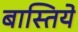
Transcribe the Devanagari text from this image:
बास्तिये